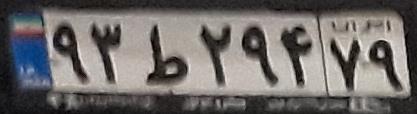
۹۳ط۲۹۴۷۹